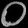
Digit: ၀